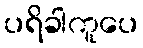
ပရိခါကူပေ